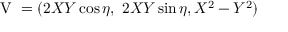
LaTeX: { \mathrm { \boldmath ~ V ~ } } = ( 2 X Y \cos \eta , \ 2 X Y \sin \eta , X ^ { 2 } - Y ^ { 2 } )